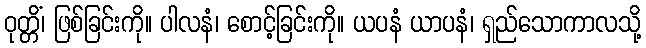
ဝုတ္တိံ၊ ဖြစ်ခြင်းကို။ ပါလနံ၊ စောင့်ခြင်းကို။ ယပနံ ယာပနံ၊ ရှည်သောကာလသို့